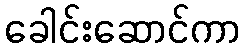
ခေါင်းဆောင်ကာ